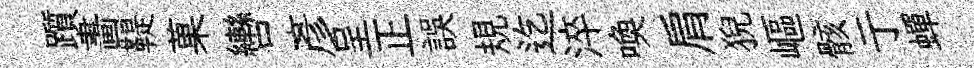
躓畵鞮菓轡彥呈正誤規迄淬喚肩猊嶇骸亍蟬